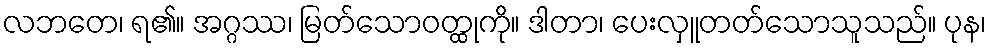
လဘတေ၊ ရ၏။ အဂ္ဂဿ၊ မြတ်သောဝတ္ထုကို။ ဒါတာ၊ ပေးလှူတတ်သောသူသည်။ ပုန၊